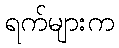
ရက်များက